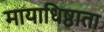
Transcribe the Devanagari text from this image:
मायाधिष्ठाता